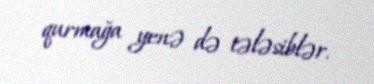
qurmağa yenə də tələsiblər.